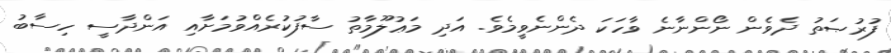
ފުރުޞަތު ދެވެން ނޯންނާނެ ވާހަކަ ދެންނެވީމެވެ. އަދި މަޢުލޫމާތު ސާފުކުރެއްވުމަށާއި އަންދާސީ ހިސާބު